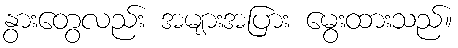
နွားတွေလည်း အများအပြား မွေးထားသည်။